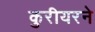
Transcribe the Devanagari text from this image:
कुरीयरने